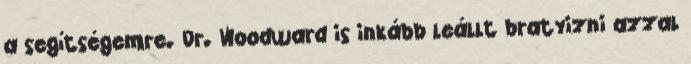
a segítségemre. Dr. Woodward is inkább leállt bratyizni azzal